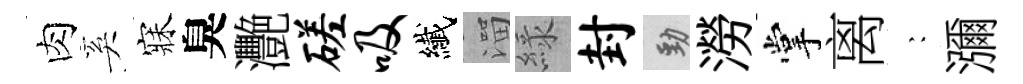
肉奚寐臭灧磋吸纎溜緑封勁澇掌离巍瀰